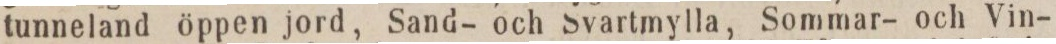
tunneland öppen jord, Sand- och Svartmylla, Sommar- och Vin-